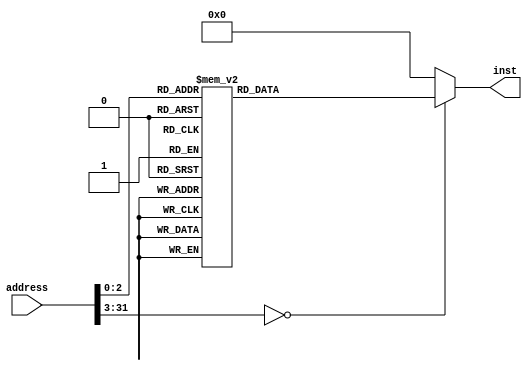
`timescale 1ns / 1ps

//////////////////////////////////////////////////////////////////////////////////
// Company: lirc572
// 
// Create Date: 
// Design Name: NECPU
// Module Name: InstMem
// Project Name: 
// Target Devices: 
// Tool Versions: 
// Description: 
// 
// Dependencies: 
// 
// Revision:
// Revision 0.01 - File Created
// Additional Comments:
// 
//////////////////////////////////////////////////////////////////////////////////
module instMem (
    input  [31:0]  address,
    output reg [31:0] inst
  );
  always @ (address) begin
    inst = 32'd0;
    case (address)
      0: inst = 32'h10005555;
      1: inst = 32'hc00aaaa;
      2: inst = 32'h10800000;
      3: inst = 32'hc800010;
      4: inst = 32'h10a08000;
      5: inst = 32'hca00000;
      6: inst = 32'h38202000;
      7: inst = 32'h8250000;
    endcase
  end
endmodule